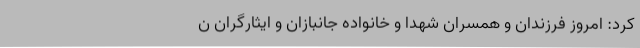
کرد: امروز فرزندان و همسران شهدا و خانواده جانبازان و ایثارگران ن